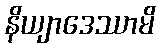
နိယျာဒေဿာမိ